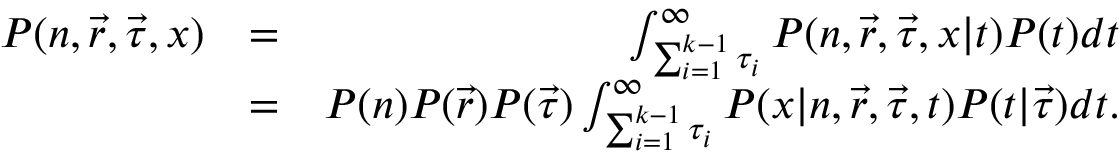
\begin{array} { r l r } { P ( n , \vec { r } , \vec { \tau } , x ) } & { = } & { \int _ { \sum _ { i = 1 } ^ { k - 1 } \tau _ { i } } ^ { \infty } P ( n , \vec { r } , \vec { \tau } , x | t ) P ( t ) d t } \\ & { = } & { P ( n ) P ( \vec { r } ) P ( \vec { \tau } ) \int _ { \sum _ { i = 1 } ^ { k - 1 } \tau _ { i } } ^ { \infty } P ( x | n , \vec { r } , \vec { \tau } , t ) P ( t | \vec { \tau } ) d t . } \end{array}